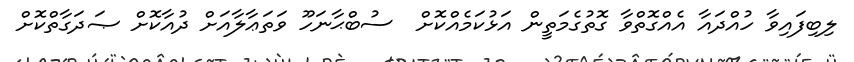
ލިބިފައިވާ ހުއްދައާ އެއްގޮތްވާ ގޮތުގެމަތީން އަޅުކަމެއްކޮށް  ސުބްޙާނަހޫ ވަތަޢާލާއަށް ދުއާކޮށް ޞަދަގާތްކޮށް